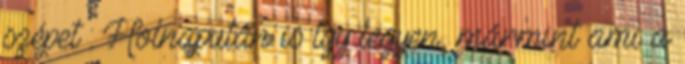
szépet : Holnapután is így legyen, mármint ami a